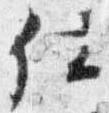
仕